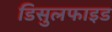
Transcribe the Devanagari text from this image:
डिसुलफाइड